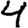
Digit: 4